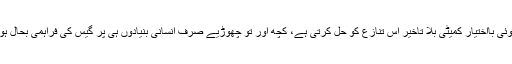
جب تک کوئی بااختیار کمیٹی بلا تاخیر اس تنازع کو حل کرتی ہے، کچھ اور تو چھوڑیے صرف انسانی بنیادوں ہی پر گیس کی فراہمی بحال ہونی چاہیے۔